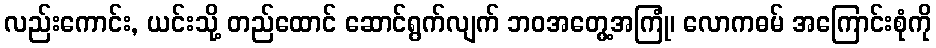
လည်းကောင်း, ယင်းသို့ တည်ထောင် ဆောင်ရွက်လျက် ဘဝအတွေ့အကြုံ၊ လောကဓမ် အကြောင်းစုံကို